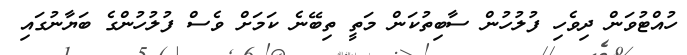
ހުއްޓުވަން ދިވެހި ފުލުހުން ސާބިތުކަން މަތީ ތިބޭނެ ކަމަށް ވެސް ފުލުހުންގެ ބަޔާނުގައި